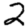
Digit: 2